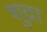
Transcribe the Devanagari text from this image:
शुद्रा